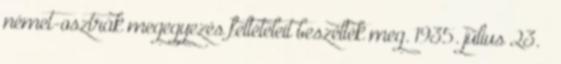
német-osztrák megegyezés feltételeit beszélték meg. 1935. július 23. –